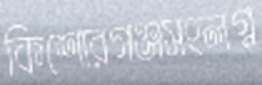
কিশোরগঞ্জসংলগ্ন